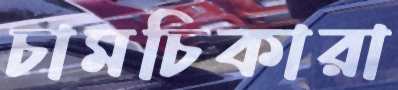
চামচিকারা